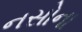
નસોના